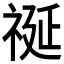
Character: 𮁺